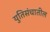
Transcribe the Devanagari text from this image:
युतिसंचातील